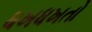
ધખધખતો